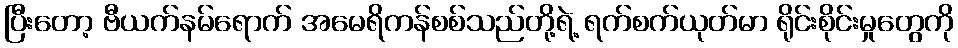
ပြီးတော့ ဗီယက်နမ်ရောက် အမေရိကန်စစ်သည်တို့ရဲ့ ရက်စက်ယုတ်မာ ရိုင်းစိုင်းမှုတွေကို